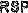
RSP